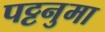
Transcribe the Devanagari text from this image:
पट्टनुमा